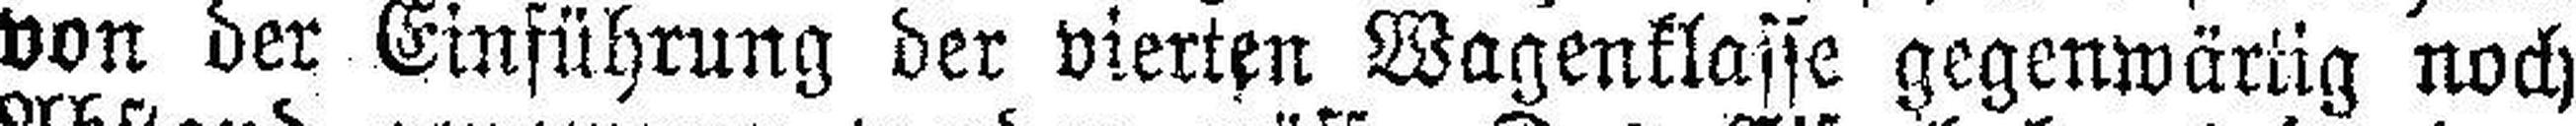
von der Einführung der vierten Wagenklasse gegenwärtig noch